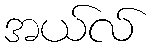
အယ်လ်